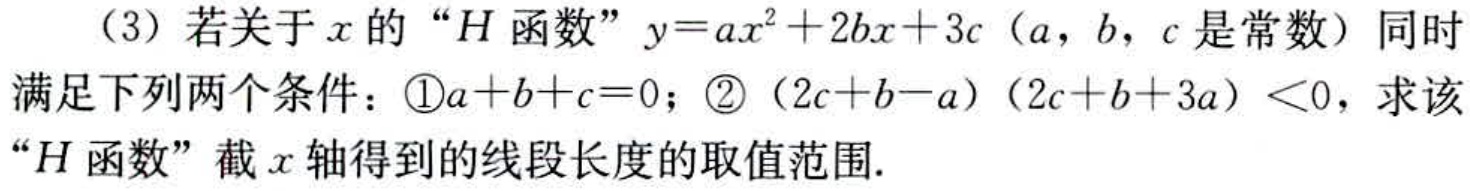
（3）若关于\(x\)的 “\(H\)函数” \(y = ax^{2}+2bx + 3c\)（\(a\)，\(b\)，\(c\)是常数）同时满足下列两个条件：\textcircled{1}\(a + b + c = 0\)；\textcircled{2}\((2c + b - a)(2c + b + 3a)<0\)，求该“\(H\)函数”截\(x\)轴得到的线段长度的取值范围.